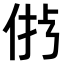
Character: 𠉝